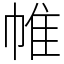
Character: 帷